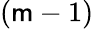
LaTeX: (\mathsf{m}-1)